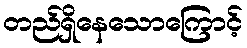
တည်ရှိနေသောကြောင့်